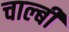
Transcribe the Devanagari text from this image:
चाल्बी